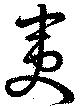
夷